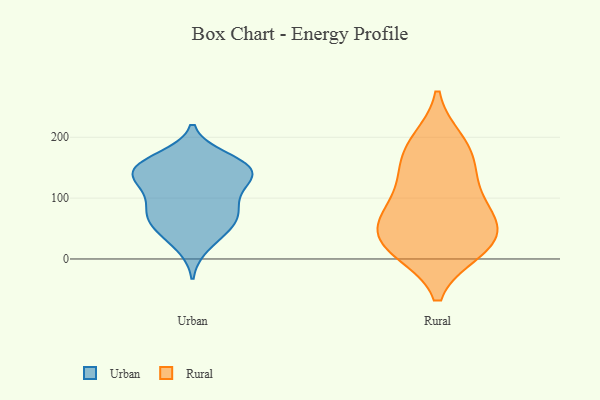
{"axis": {"x": "Budget (USD K)", "y": "Value"}, "legend": ["Rural", "Urban"], "data": [{"x": "", "y": 166, "type": "Urban"}, {"x": "", "y": 152, "type": "Urban"}, {"x": "", "y": 133, "type": "Urban"}, {"x": "", "y": 57, "type": "Urban"}, {"x": "", "y": 157, "type": "Urban"}, {"x": "", "y": 22, "type": "Urban"}, {"x": "", "y": 69, "type": "Urban"}, {"x": "", "y": 127, "type": "Urban"}, {"x": "", "y": 148, "type": "Urban"}, {"x": "", "y": 63, "type": "Urban"}, {"x": "", "y": 86, "type": "Urban"}, {"x": "", "y": 144, "type": "Urban"}, {"x": "", "y": 122, "type": "Urban"}, {"x": "", "y": 78, "type": "Urban"}, {"x": "", "y": 148, "type": "Urban"}, {"x": "", "y": 42, "type": "Urban"}, {"x": "", "y": 99, "type": "Urban"}, {"x": "", "y": 30, "type": "Rural"}, {"x": "", "y": 22, "type": "Rural"}, {"x": "", "y": 69, "type": "Rural"}, {"x": "", "y": 47, "type": "Rural"}, {"x": "", "y": 160, "type": "Rural"}, {"x": "", "y": 193, "type": "Rural"}, {"x": "", "y": 80, "type": "Rural"}, {"x": "", "y": 139, "type": "Rural"}, {"x": "", "y": 68, "type": "Rural"}, {"x": "", "y": 16, "type": "Rural"}, {"x": "", "y": 187, "type": "Rural"}, {"x": "", "y": 116, "type": "Rural"}, {"x": "", "y": 14, "type": "Rural"}]}